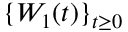
\{ W _ { 1 } ( t ) \} _ { t \geq 0 }